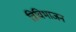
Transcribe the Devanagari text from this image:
त्रिविभाजन